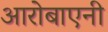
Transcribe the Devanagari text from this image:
आरोबाएनी